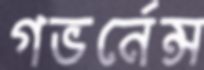
গভর্নেন্স